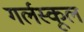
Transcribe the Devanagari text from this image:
गर्लस्कूल